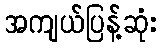
အကျယ်ပြန့်ဆုံး